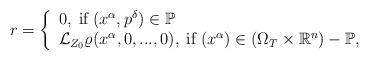
LaTeX: \begin{align*} r= \left\{\begin{array}{ll} 0,\;\hbox{if}\; (x^\alpha,p^\delta)\in \mathbb{P} & \hbox{} \\ \mathcal{L}_{Z_0} \varrho(x^\alpha,0,...,0),\;\hbox{if}\; (x^\alpha)\in (\Omega_T\times \mathbb{R}^n)- \mathbb{P}, & \hbox{} \\\end{array}\right.\end{align*}